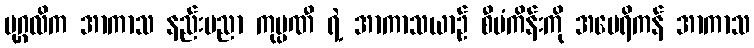
ပုဂ္ဂလိက အာကာသ နည်းပညာ ကုမ္ပဏီ ရဲ့ အာကာသယာဉ် စီမံကိန်းကို အမေရိကန် အာကာသ